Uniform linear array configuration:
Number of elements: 32
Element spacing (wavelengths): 0.5
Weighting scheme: hann
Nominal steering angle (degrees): -60
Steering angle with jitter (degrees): -59.767
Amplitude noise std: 0.05
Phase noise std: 0.05

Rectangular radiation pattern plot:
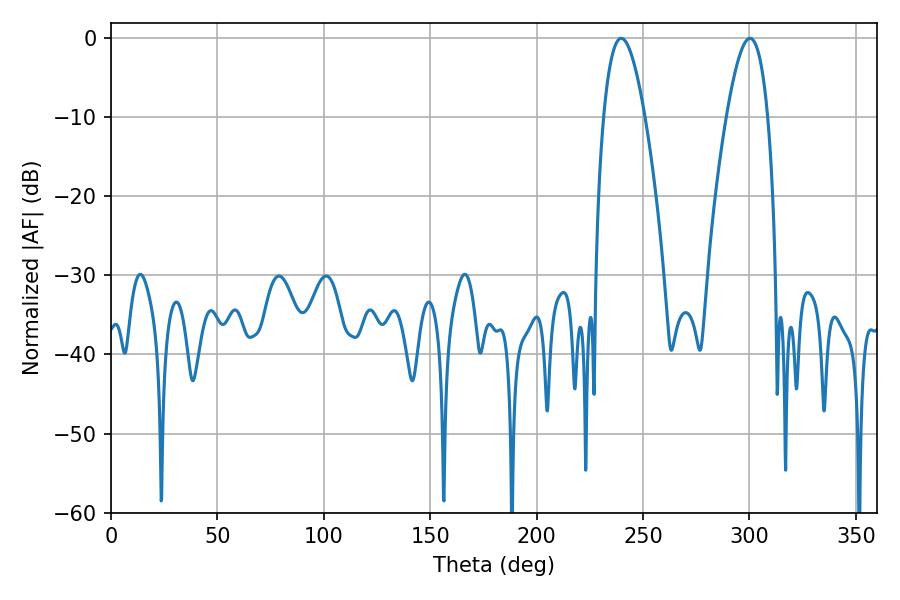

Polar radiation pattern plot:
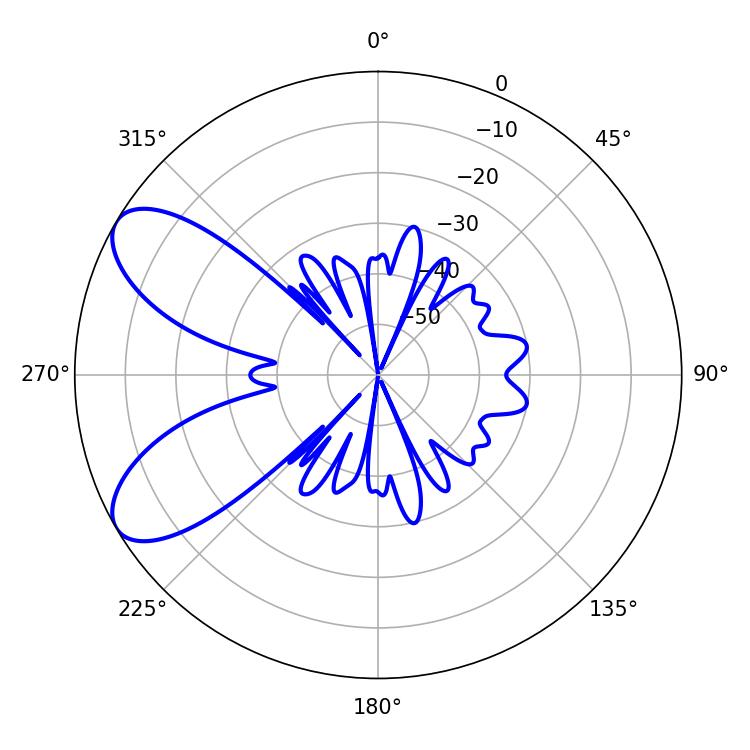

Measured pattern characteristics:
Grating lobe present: FALSE
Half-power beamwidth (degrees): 10.62
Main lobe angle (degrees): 239.76